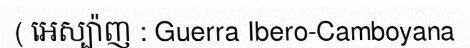
( អេស្ប៉ាញ : Guerra Ibero-Camboyana